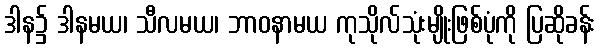
ဒါန၌ ဒါနမယ၊ သီလမယ၊ ဘာဝနာမယ ကုသိုလ်သုံးမျိုးဖြစ်ပုံကို ပြဆိုခန်း